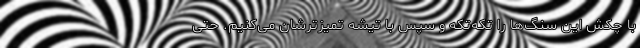
با چکش این سنگ‌ها را تکه‌تکه و سپس با تیشه تمیزترشان می‌کنیم. حتی